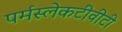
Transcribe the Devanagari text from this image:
पर्मस्लेकटीवीटी